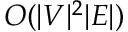
O ( | V | ^ { 2 } | E | )